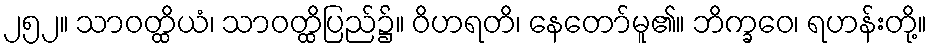
၂၅၂။ သာဝတ္ထိယံ၊ သာဝတ္ထိပြည်၌။ ဝိဟရတိ၊ နေတော်မူ၏။ ဘိက္ခဝေ၊ ရဟန်းတို့။